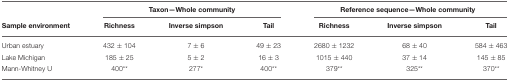
<table><thead><tr><td></td><td colspan="3"><b>Taxon—Whole community</b></td><td colspan="3"><b>Reference sequence—Whole community</b></td></tr><tr><td><b>Sample environment</b></td><td><b>Richness</b></td><td><b>Inverse simpson</b></td><td><b>Tail</b></td><td><b>Richness</b></td><td><b>Inverse simpson</b></td><td><b>Tail</b></td></tr></thead><tbody><tr><td>Urban estuary</td><td>432 ± 104</td><td>7 ± 6</td><td>49 ± 23</td><td>2680 ± 1232</td><td>68 ± 40</td><td>584 ± 463</td></tr><tr><td>Lake Michigan</td><td>185 ± 25</td><td>5 ± 2</td><td>16 ± 3</td><td>1015 ± 440</td><td>37 ± 14</td><td>145 ± 85</td></tr><tr><td>Mann-Whitney U</td><td>400<sup>**</sup></td><td>277<sup>*</sup></td><td>400<sup>**</sup></td><td>379<sup>**</sup></td><td>325<sup>**</sup></td><td>370<sup>**</sup></td></tr></tbody></table>